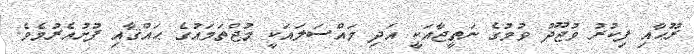
ރޫޙާއި ފިކުރު ވުޖޫދު ވުމުގެ ނަތީޖާއަކީ އަދި މައްސަލައަކީ މުޖްތަމައުގެ ޙައްޤާއި ފުށުއެރުމެވެ.